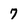
Character: 7